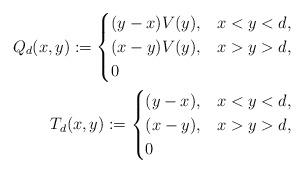
LaTeX: \begin{align*}Q_d(x,y):=\begin{cases} (y-x)V(y) ,&x<y<d,\\(x-y)V(y),&x>y>d,\\0&\end{cases}\\T_d(x,y):=\begin{cases} (y-x) ,&x<y<d,\\(x-y),&x>y>d,\\0&\end{cases}\end{align*}